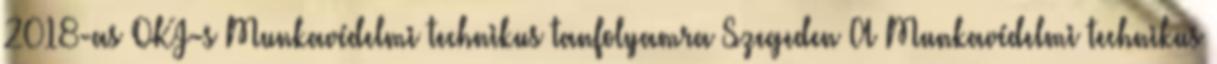
2018-as OKJ-s Munkavédelmi technikus tanfolyamra Szegeden A Munkavédelmi technikus